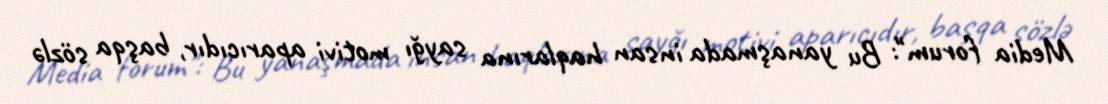
Media forum": Bu yanaşmada insan haqlarına sayğı motivi aparıcıdır, başqa sözlə